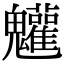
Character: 𩵄